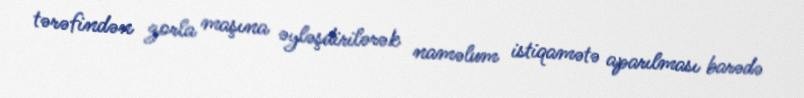
tərəfindən zorla maşına əyləşdirilərək naməlum istiqamətə aparılması barədə